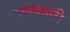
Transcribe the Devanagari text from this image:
आलमती